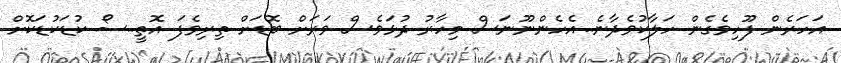
އަހަރެން ފޫހިވެގެން ހަލާކުވެދާނެ..އެހެންނޫނަސް މިހާރު ދުޅަވެސް ވަރަށް ބޮޑަށް ތިރިވެފަ އޮތީ..ސޯ ކުޑަކުޑަކޮށް